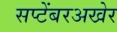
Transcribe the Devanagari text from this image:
सप्टेंबरअखेर